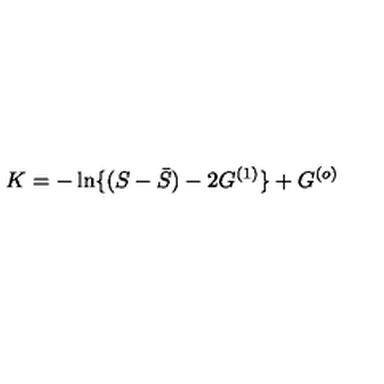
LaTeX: K = - \ln \{ ( S - { \bar { S } } ) - 2 G ^ { ( 1 ) } \} + G ^ { ( o ) }